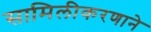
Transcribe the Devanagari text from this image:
सामिलीकरणाने